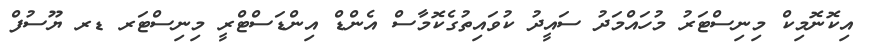
އިކޮނޮމިކް މިނިސްޓަރު މުހައްމަދު ސައީދު ކުވައިތުގެކޮމާސް އެންޑް އިންޑަސްޓްރީ މިނިސްޓަރ ޑރ ޔޫސުފް